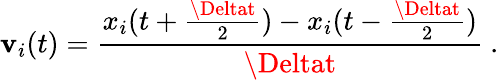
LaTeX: \mathbf{v}_{i}(t)=\frac{{x_{i}(t+\frac{{\Deltat}}{{2}})-x_{i}(t-\frac{{\Deltat}}{{2}})}}{{\Deltat}}\ .